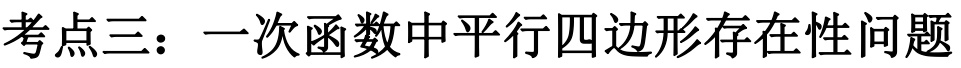
考点三：一次函数中平行四边形存在性问题